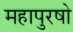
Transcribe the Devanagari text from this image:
महापुरषो